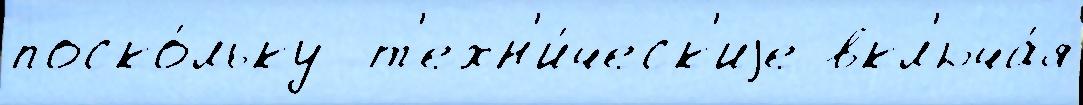
поско́льку  т'ехн'и́ческ'иjе вкл'юча́я